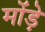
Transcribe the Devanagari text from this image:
मोंड़े